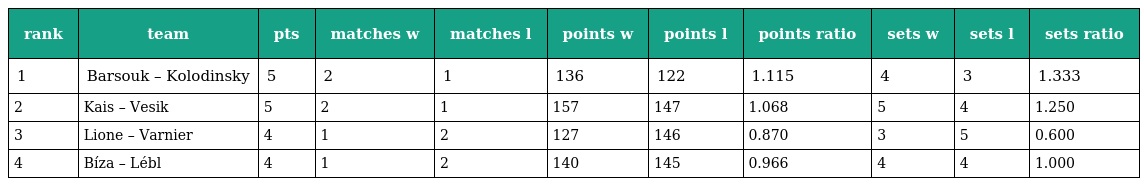
| rank | team | pts | matches w | matches l | points w | points l | points ratio | sets w | sets l | sets ratio |
 | --- | --- | --- | --- | --- | --- | --- | --- | --- | --- | --- |
 | 1 | Barsouk – Kolodinsky | 5 | 2 | 1 | 136 | 122 | 1.115 | 4 | 3 | 1.333 |
 | 2 | Kais – Vesik | 5 | 2 | 1 | 157 | 147 | 1.068 | 5 | 4 | 1.250 |
 | 3 | Lione – Varnier | 4 | 1 | 2 | 127 | 146 | 0.870 | 3 | 5 | 0.600 |
 | 4 | Bíza – Lébl | 4 | 1 | 2 | 140 | 145 | 0.966 | 4 | 4 | 1.000 |